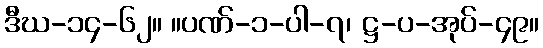
ဒီဃ-၁၄-၆၂။ ။ပဏ်-၁-ပါ-၇၊ ဋ္ဌ-ပ-အုပ်-၄၉။